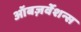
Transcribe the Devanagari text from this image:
ऑबज़र्वेशन्स